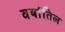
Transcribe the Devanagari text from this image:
वर्षातिल